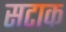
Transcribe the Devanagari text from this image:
सटाक